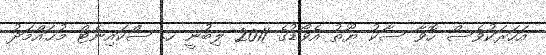
އަހަރަކުވެސް ހޮވާ ސާކު ޔޫތު އެވޯޑުގެ 2011 ލިބުނީ ހ. ސްކައިނެޓް މުޙައްމަދު